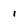
Character: 1